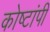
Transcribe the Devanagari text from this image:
कोष्टांपी